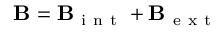
\mathbf { B } = \mathbf { B } _ { \mathrm { ~ i ~ n ~ t ~ } } + \mathbf { B } _ { \mathrm { ~ e ~ x ~ t ~ } }